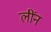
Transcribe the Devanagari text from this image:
लींन